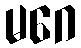
မဂေ